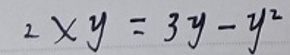
\[
2\times y = 3y - y^{2}
\]